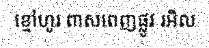
ខ្មៅហូរ ពាសពេញផ្លូវ រអិល